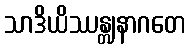
သာဒိယိဿန္တျနာဂတေ